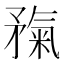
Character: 𥎃